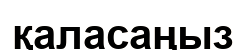
қаласаңыз